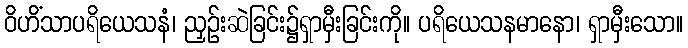
ဝိဟိံသာပရိယေသနံ၊ ညှဉ်းဆဲခြင်း၌ရှာမှီးခြင်းကို။ ပရိယေသနမာနော၊ ရှာမှီးသော။